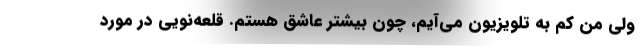
ولی من کم به تلویزیون می‌آیم‌، چون بیشتر عاشق هستم. قلعه‌نویی در مورد